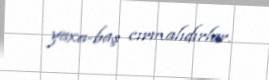
yaxa-baş cırmalıdırlar.